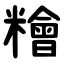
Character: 糩